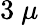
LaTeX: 3~\mu